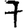
Digit: 7